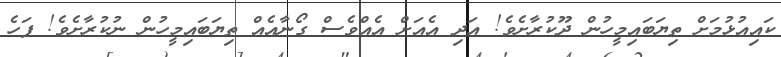
ކައިއުޅުމަށް ތިޔަބައިމީހުން ދޫކުރާށެވެ! އަދި އެއަށް އެއްވެސް ގޯނާއެއް ތިޔަބައިމީހުން ނުކުރާށެވެ! ފަހެ